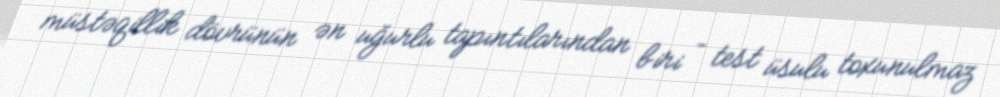
müstəqillik dövrünün ən uğurlu tapıntılarından biri – test üsulu toxunulmaz